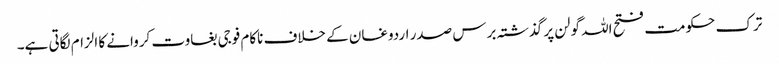
ترک حکومت فتح اللہ گولن پر گذشتہ برس صدر اردوغان کے خلاف ناکام فوجی بغاوت کروانے کا الزام لگاتی ہے۔